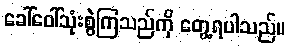
ခေါ်ဝေါ်သုံးစွဲကြသည်ကို တွေ့ရပါသည်။